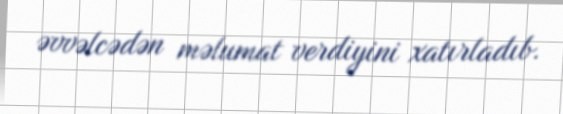
əvvəlcədən məlumat verdiyini xatırladıb.